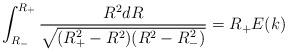
LaTeX: \begin{align*}\int^{R_+}_{R_-}\frac{R^2 dR}{\sqrt{(R^2_+-R^2)(R^2-R_-^2)}}=R_+E(k)\end{align*}